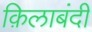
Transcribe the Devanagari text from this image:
क़िलाबंदी